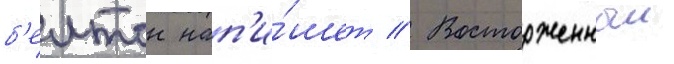
б'елтон нап'и́шет // Восторженныи